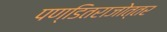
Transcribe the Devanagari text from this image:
पण्डितराजोत्तर